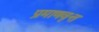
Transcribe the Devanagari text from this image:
प्रमाणवृत्त